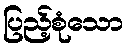
ပြည့်စုံသော